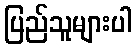
ပြည်သူများပါ